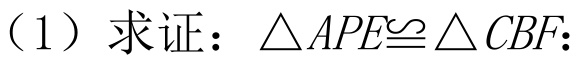
（1）求证：\(\triangle APE\cong\triangle CBF\)；